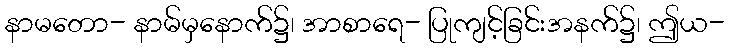
နာမတော- နာမ်မှနောက်၌၊ အာစာရေ- ပြုကျင့်ခြင်းအနက်၌၊ ဤယ-